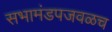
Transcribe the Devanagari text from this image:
सभामंडपजवळच